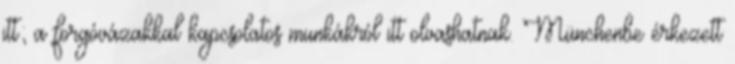
itt; a forgóvázakkal kapcsolatos munkákról itt olvashatnak. Münchenbe érkezett